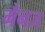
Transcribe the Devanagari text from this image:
मैनज